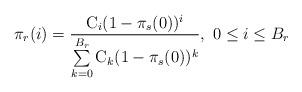
LaTeX: \begin{align*}\pi_r(i)=\frac{\mathrm{C}_i (1-\pi_s(0))^i}{\sum\limits_{k=0}^{B_r}{\mathrm{C}_k (1-\pi_s(0))^k}}, \ 0 \leq i \leq B_r \end{align*}